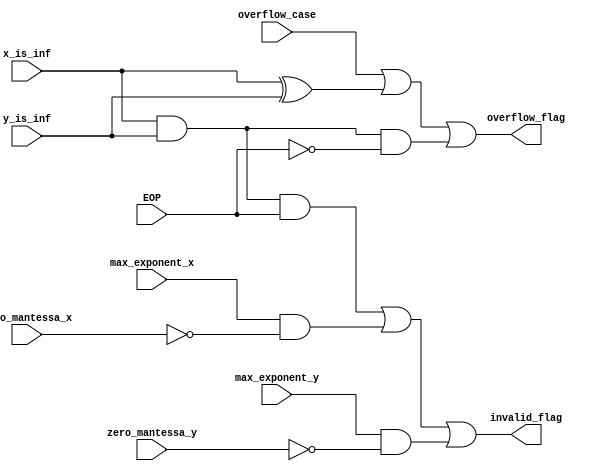
module exceptions_3 (x_is_inf , y_is_inf , overflow_case , EOP , max_exponent_x , max_exponent_y , zero_mantessa_x , zero_mantessa_y , overflow_flag , invalid_flag);
input x_is_inf , y_is_inf , overflow_case , EOP , max_exponent_x , max_exponent_y , zero_mantessa_x , zero_mantessa_y;
output reg overflow_flag , invalid_flag;
always@(*)
begin
    overflow_flag = overflow_case || (x_is_inf^y_is_inf) || (x_is_inf & y_is_inf & ~EOP);
    invalid_flag = (x_is_inf & y_is_inf & EOP) || (max_exponent_x & ~zero_mantessa_x) || (max_exponent_y & ~zero_mantessa_y);
end
endmodule